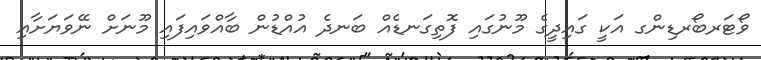
ވޯޓަރބޯރޑިންގ އަކީ ގައިދީގެ މޫނުގައި ފޮތިގަނޑެއް ބަނދެ އުއްޑުން ބާއްވައިފައި މޫނަށް ނޭވަޔަށާއި